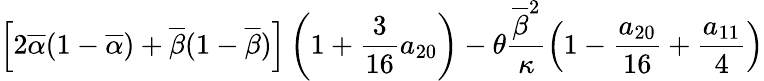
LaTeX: \displaystyle{\left[2\overline{{\alpha}}(1-\overline{{\alpha}})+\overline{{\beta}}(1-\overline{{\beta}})\right]\left(1+\frac{3}{16}a_{20}\right)-\theta\frac{\overline{{\beta}}^{2}}{\kappa}\left(1-\frac{a_{20}}{16}+\frac{a_{11}}{4}\right)}